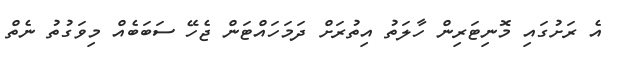
އެ ރަށުގައި މޮނިޓަރިން ހާލަތު އިތުރަށް ދަމަހައްޓަން ޖެހޭ ސަބަބެއް މިވަގުތު ނެތް